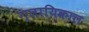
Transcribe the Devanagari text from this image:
ग्लायिकाल